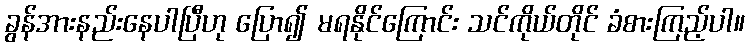
ခွန်အားနည်းနေပါပြီဟု ပြော၍ မရနိုင်ကြောင်း သင်ကိုယ်တိုင် ခံစားကြည့်ပါ။